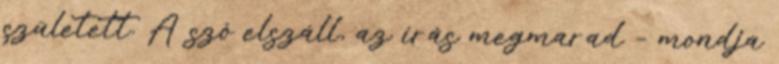
született. A szó elszáll, az írás megmarad – mondja